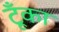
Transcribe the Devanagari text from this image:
टूँका